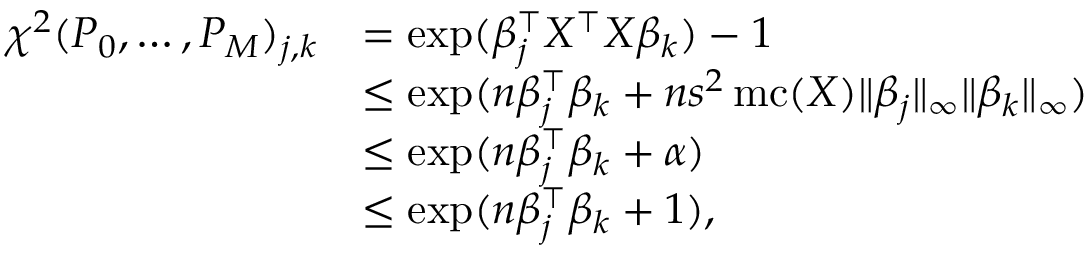
\begin{array} { r l } { \chi ^ { 2 } ( P _ { 0 } , \dots , P _ { M } ) _ { j , k } } & { = \exp ( \beta _ { j } ^ { \top } X ^ { \top } X \beta _ { k } ) - 1 } \\ & { \leq \exp ( n \beta _ { j } ^ { \top } \beta _ { k } + n s ^ { 2 } \operatorname { m c } ( X ) \| \beta _ { j } \| _ { \infty } \| \beta _ { k } \| _ { \infty } ) } \\ & { \leq \exp ( n \beta _ { j } ^ { \top } \beta _ { k } + \alpha ) } \\ & { \leq \exp ( n \beta _ { j } ^ { \top } \beta _ { k } + 1 ) , } \end{array}